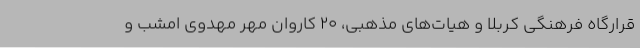
قرارگاه فرهنگی کربلا و هیات‌های مذهبی، 20 کاروان مهر مهدوی امشب و